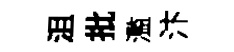
沮批濫汴